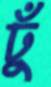
ঢুঁ